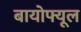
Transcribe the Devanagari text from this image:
बायोफ्यूल